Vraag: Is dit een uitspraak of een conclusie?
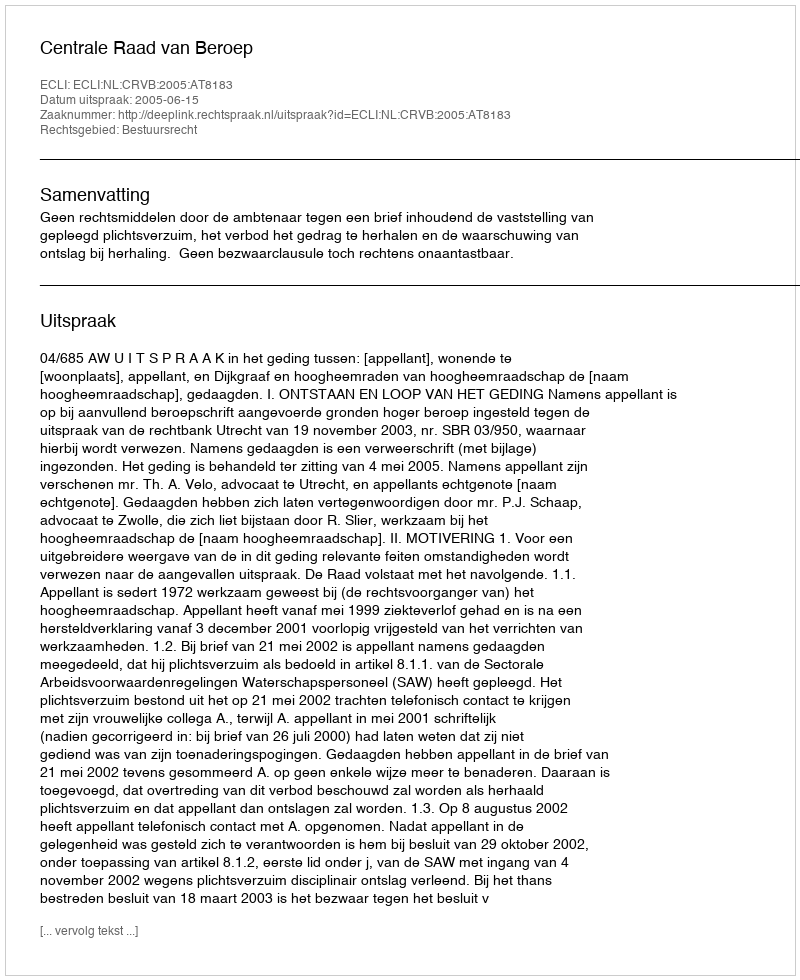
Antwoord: Uitspraak